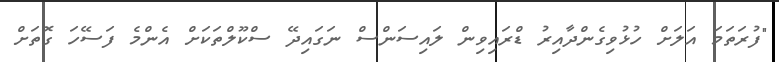
"ފުރަތަމަ އަލަށް ހުޅުވިގެންދާއިރު ޑްރައިވިން ލައިސަންސް ނަގައިދޭ ސްކޫލްތަކަށް އެންމެ ފަސޭހަ ގޮތަށް